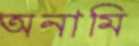
অনামি